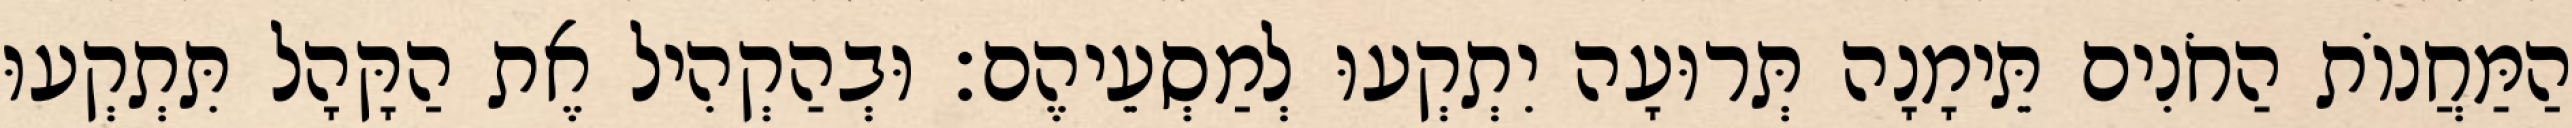
הַמַּחֲנוֹת הַחֹנִים תֵּימָנָה תְּרוּעָה יִתְקְעוּ לְמַסְעֵיהֶם׃ וּבְהַקְהִיל אֶת הַקָּהָל תִּתְקְעוּ